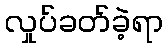
လှုပ်ခတ်ခဲ့ရာ